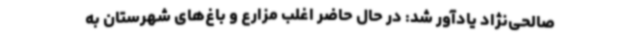
صالحی‌نژاد یادآور شد: در حال حاضر اغلب مزارع و باغ‌های شهرستان به‌